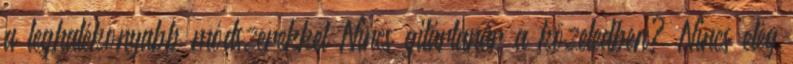
a leghatékonyabb módszerekkel Nincs gitártanár a közeledben? Nincs elég